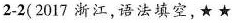
2-2( 2017 浙江,语法填空,★ ★